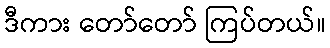
ဒီကား တော်တော် ကြပ်တယ်။